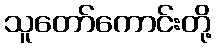
သူတော်ကောင်းတို့